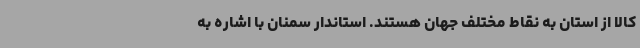
کالا از استان به نقاط مختلف جهان هستند. استاندار سمنان با اشاره به